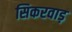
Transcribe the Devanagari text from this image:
सिकरवाड़